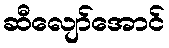
ဆီလျော်အောင်